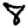
Digit: 8